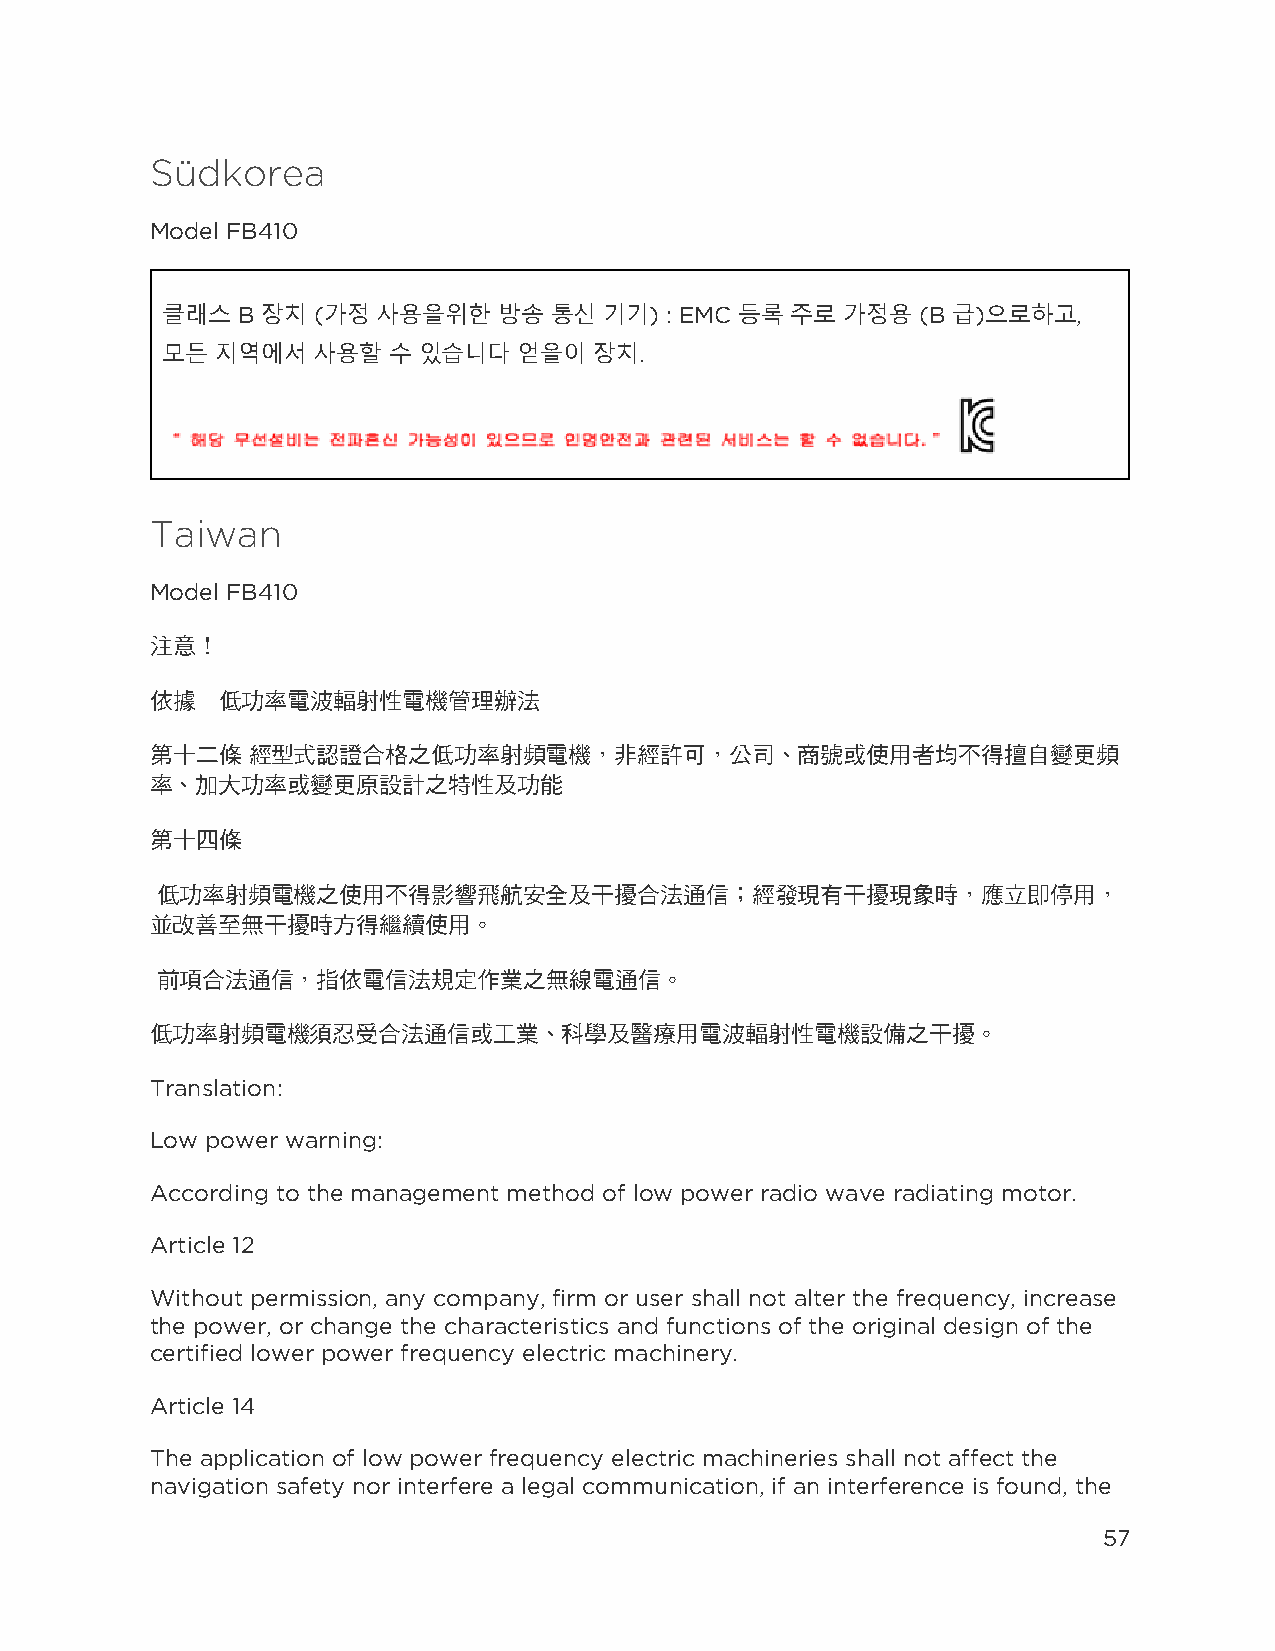
Südkorea
 Model FB410
 클래스  B 장치 (가정 사용을위한   방송 통신  기기) : EMC 등록 주로 가정용  (B 급)으로하고,
 모든 지역에서   사용할  수 있습니다  얻을이  장치.
 Taiwan
 Model FB410
 注意！
 依據  低功率電波輻射性電機管理辦法
 第十二條  經型式認證合格之低功率射頻電機，非經許可，公司、商號或使用者均不得擅自變更頻
 率、加大功率或變更原設計之特性及功能
 第十四條
 低功率射頻電機之使用不得影響飛航安全及干擾合法通信；經發現有干擾現象時，應立即停用，
 並改善至無干擾時方得繼續使用。
 前項合法通信，指依電信法規定作業之無線電通信。
 低功率射頻電機須忍受合法通信或工業、科學及醫療用電波輻射性電機設備之干擾。
 Translation:
 Low power warning:
 According to the management method of low power radio wave radiating motor.
 Article 12
 Without permission, any company, firm or user shall not alter the frequency, increase
 the power, or change the characteristics and functions of the original design of the
 certified lower power frequency electric machinery.
 Article 14
 The application of low power frequency electric machineries shall not affect the
 navigation safety nor interfere a legal communication, if an interference is found, the
 57